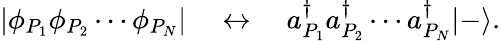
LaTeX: \left|\phi_{P_{1}}\phi_{P_{2}}\cdots\phi_{P_{N}}\right|\quad\leftrightarrow\quad a_{P_{1}}^{\dagger}a_{P_{2}}^{\dagger}\cdots a_{P_{N}}^{\dagger}|-\rangle.